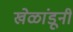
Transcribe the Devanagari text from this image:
खेळांडूनी